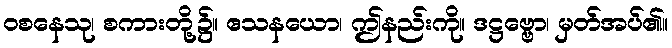
ဝစနေသု၊ စကားတို့၌။ ဧသနယော၊ ဤနည်းကို။ ဒဋ္ဌဗ္ဗော၊ မှတ်အပ်၏။